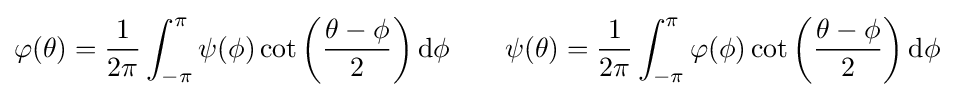
\varphi (\theta )={\frac {1}{2\pi }}\int _{-\pi }^{\pi }\psi (\phi )\cot \left({\frac {\theta -\phi }{2}}\right)\mathrm {d} \phi \qquad \psi (\theta )={\frac {1}{2\pi }}\int _{-\pi }^{\pi }\varphi (\phi )\cot \left({\frac {\theta -\phi }{2}}\right)\mathrm {d} \phi